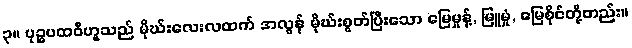
၃။ ပုဉ္ဇပထဝီဟူသည် မိုဃ်းလေးလထက် အလွန် မိုဃ်းစွတ်ပြီးသော မြေမှုန့်, မြူမှုံ, မြေစိုင်တို့တည်း။